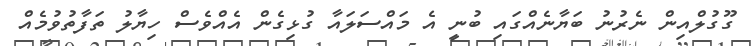
ގޫގުލްއިން ނެރުނު ބަޔާނެއްގައި ބުނީ އެ މައްސަލައާ ގުޅިގެން އެއްވެސް ހިޔާލު ތަފާތުވުމެއް